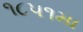
૧૮૫૧મા